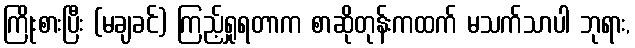
ကြိုးစားပြီး (မချခင်) ကြည့်ရှုရတာက စာဆိုတုန်းကထက် မသက်သာပါ ဘုရား,